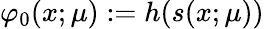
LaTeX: \varphi_{0}(x;\mu):=h(s(x;\mu))